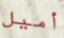
أميل